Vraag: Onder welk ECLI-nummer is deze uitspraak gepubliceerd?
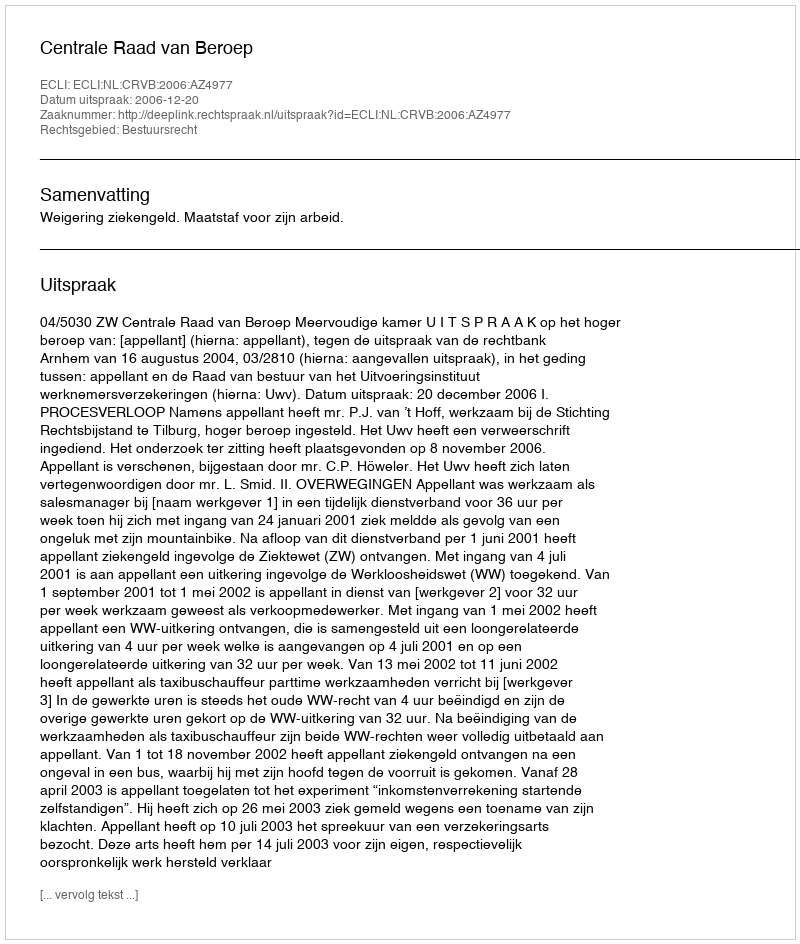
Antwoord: ECLI:NL:CRVB:2006:AZ4977